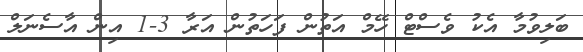
ބަލިވުމާ އެކު ވެސްޓް ހޭމް އަތުން ފަހަތުން އަރާ 3-1 އިން އާސެނަލް